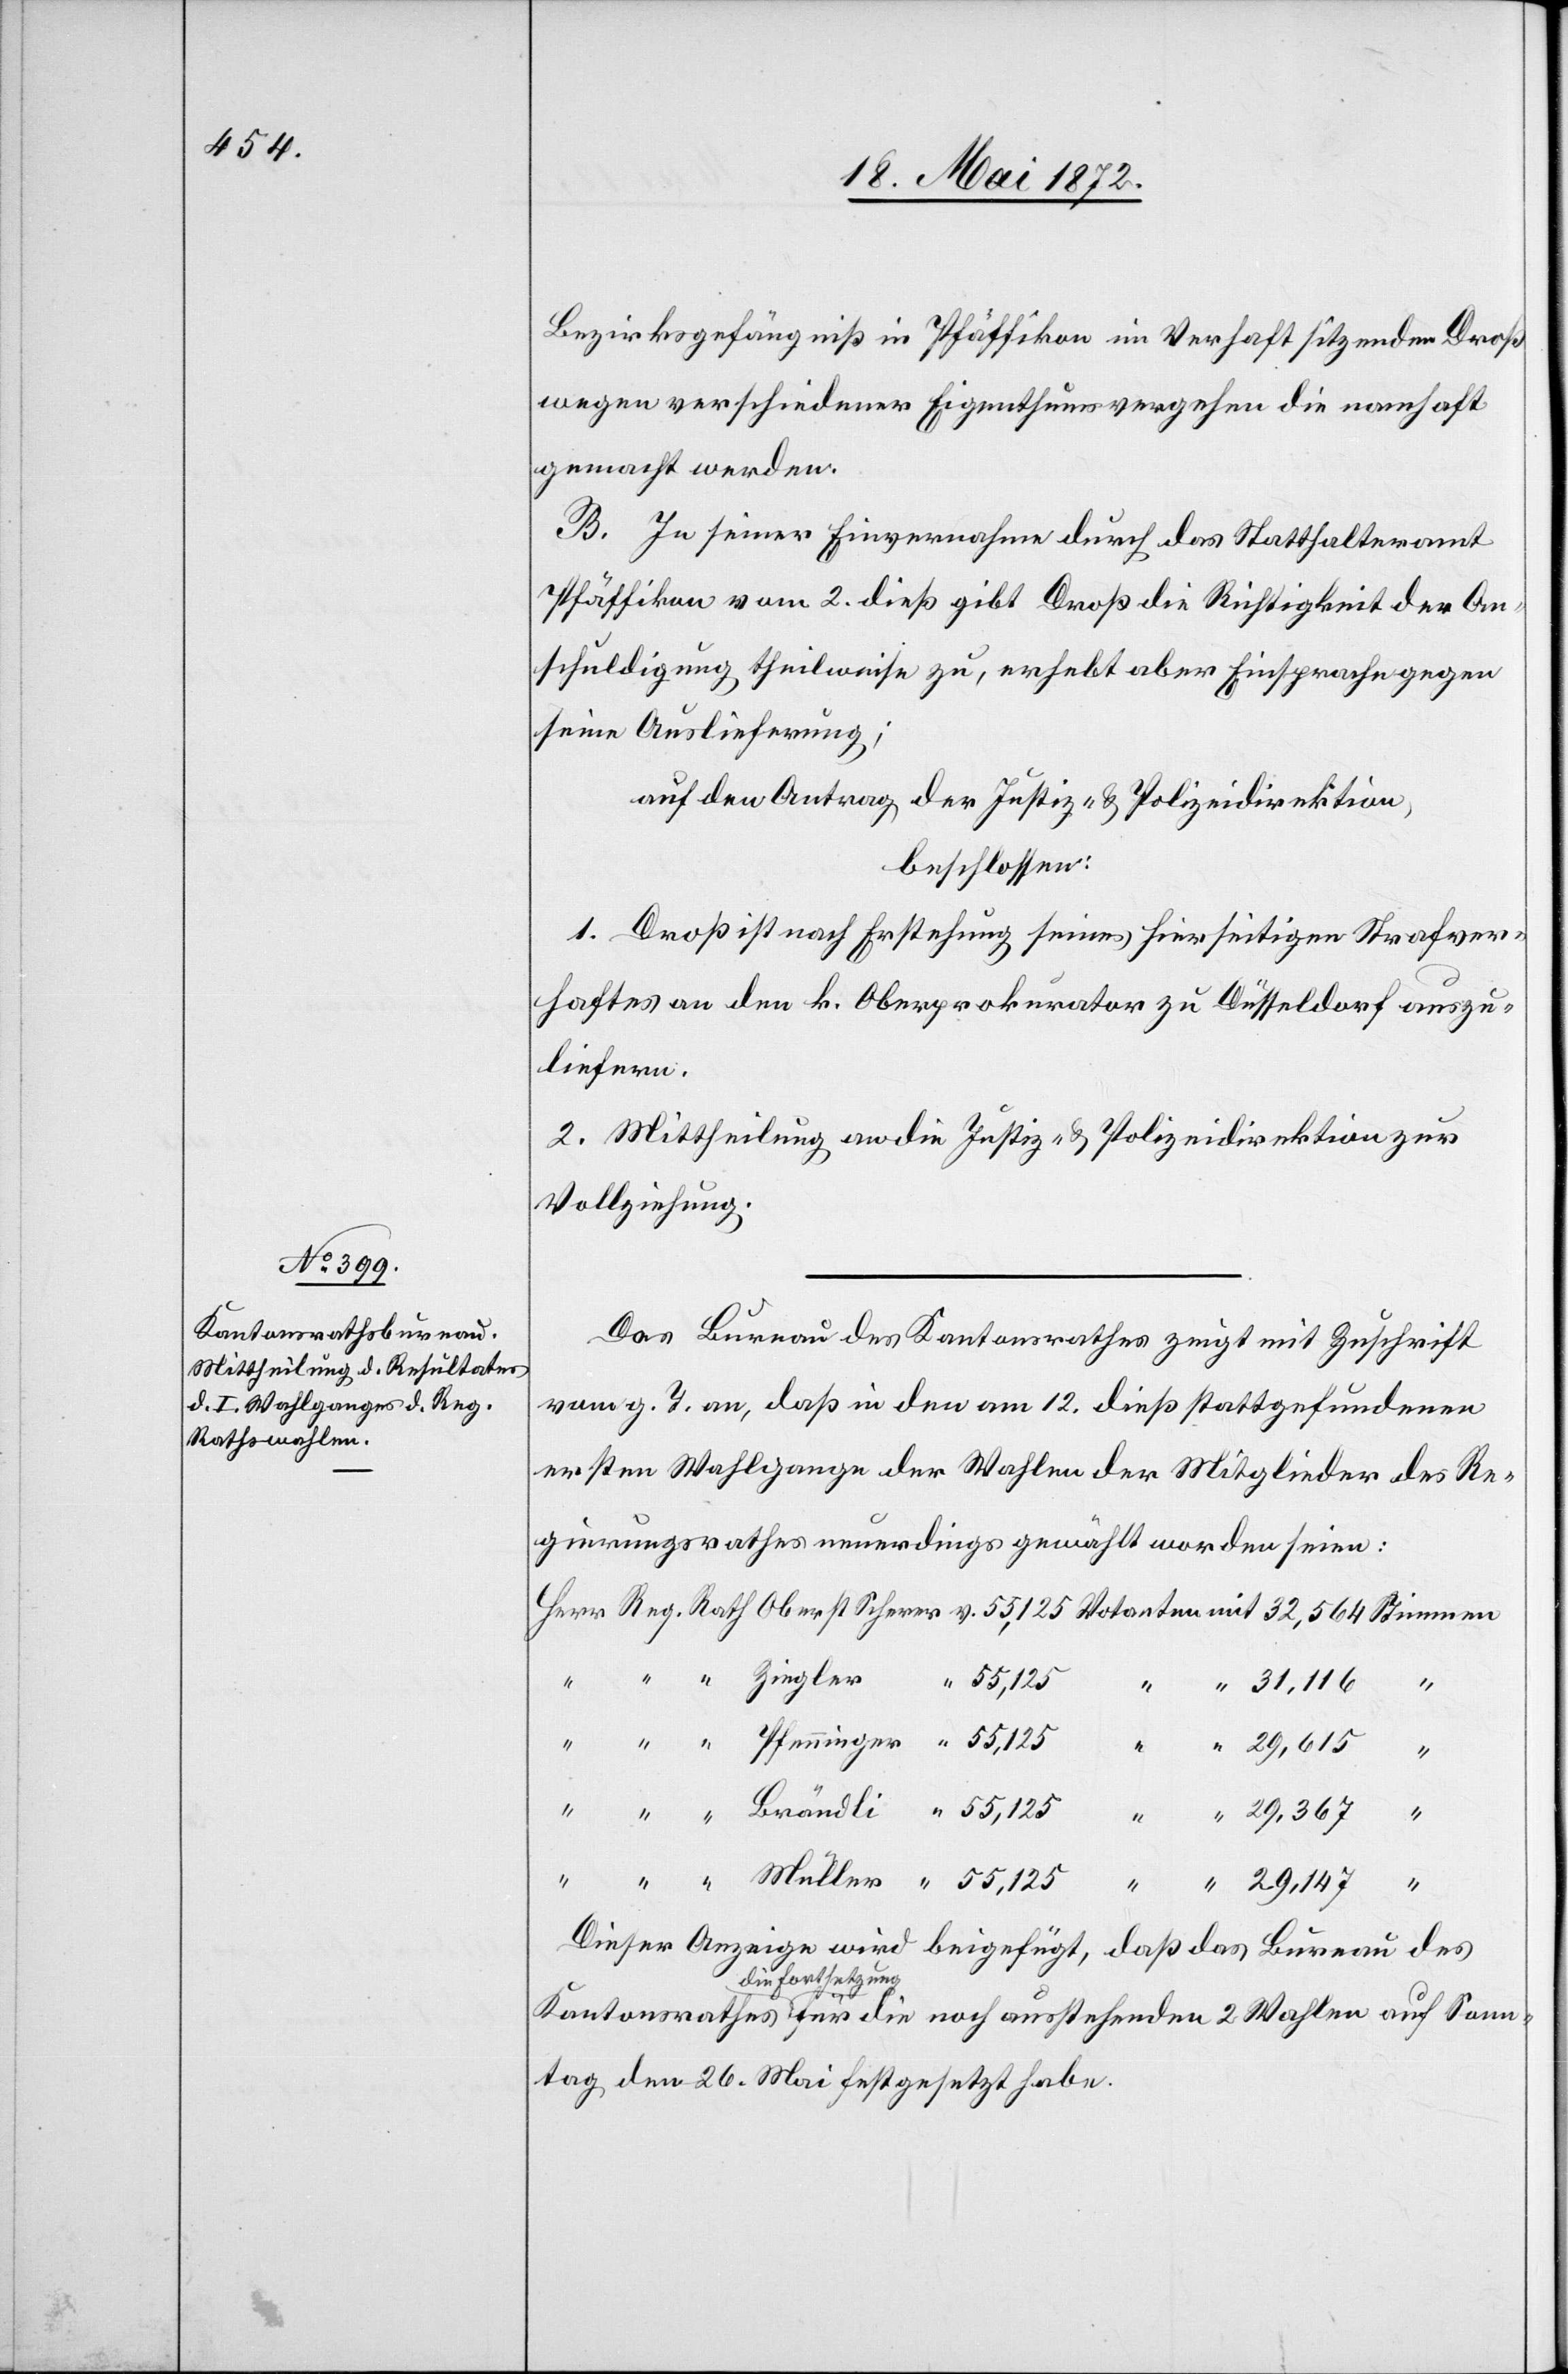
Bezirksgefängniß in Pfäffikon im Verhaft sitzenden Droß
wegen verschiedener Eigenthumsvergehen die namhaft
gemacht werden.
B. In seiner Einvernahme durch das Statthalteramt
Pfäffikon vom 2. dieß gibt Droß die Richtigkeit der An¬
schuldigung theilweise zu, erhebt aber Einsprache gegen
seine Auslieferung;
auf den Antrag der Justiz- u. Polizeidirektion,
beschlossen:
1. Droß ist nach Erstehung seines hierseitigen Strafver¬
haftes an den k. Oberprokurator zu Düsseldorf auszu¬
liefern.
2. Mittheilung an die Justiz- u. Polizeidirektion zur
Vollziehung.
Das Bureau des Kantonsrathes zeigt mit Zuschrift
vom g. T. an, daß in den am 12. dieß stattgefundenen
ersten Wahlgange der Wahlen der Mitglieder des Re¬
gierungsrathes neuerdings gewählt worden seien:
Son¬
Dieser Anzeige wird beigefügt, daß das Bureau des
die Fortsetzung
ntag den 26. Mai festgesetzt habe.